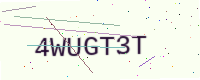
Text: 4WUGT3T